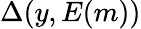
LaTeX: \Delta(y,E(m))